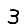
Digit: 3